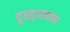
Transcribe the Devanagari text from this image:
दूधदुभत्यांचा